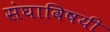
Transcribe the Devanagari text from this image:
संघाविषयी